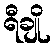
ရီချို